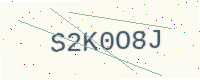
Text: S2K0O8J